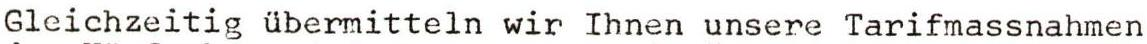
Gleichzeitig übermitteln wir Ihnen unsere Tarifmassnahmen